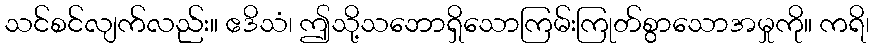
သင်စင်လျက်လည်း။ ဧဒိသံ၊ ဤသို့သဘောရှိသောကြမ်းကြုတ်စွာသောအမှုကို။ ကရိ၊